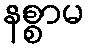
နစ္စာမ